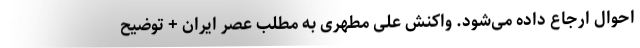
احوال ارجاع داده می‌شود. واکنش علی مطهری به مطلب عصر ایران + توضیح